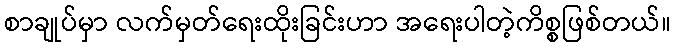
စာချုပ်မှာ လက်မှတ်ရေးထိုးခြင်းဟာ အရေးပါတဲ့ကိစ္စဖြစ်တယ်။